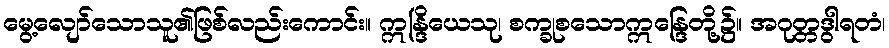
မွေ့လျော်သောသူ၏ဖြစ်လည်းကောင်း။ ဣန္ဒြိယေသု၊ စက္ခုစသောဣန္ဒြေတို့၌။ အဂုတ္တဒွါရတံ၊